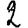
Digit: 2